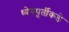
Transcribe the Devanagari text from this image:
ध्येयपूर्तीकडे